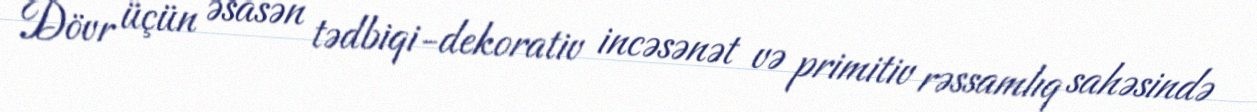
Dövr üçün əsasən tədbiqi-dekorativ incəsənət və primitiv rəssamlıq sahəsində